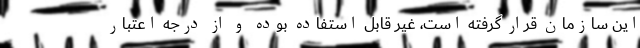
این سازمان قرار گرفته است، غیر قابل استفاده بوده و از درجه اعتبار